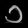
Digit: ၁